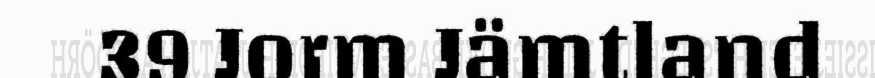
39 Jorm Jämtland